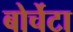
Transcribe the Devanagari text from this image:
बोर्चेटा